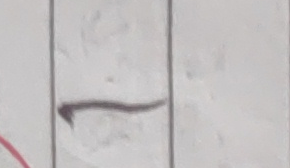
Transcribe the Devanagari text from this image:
१